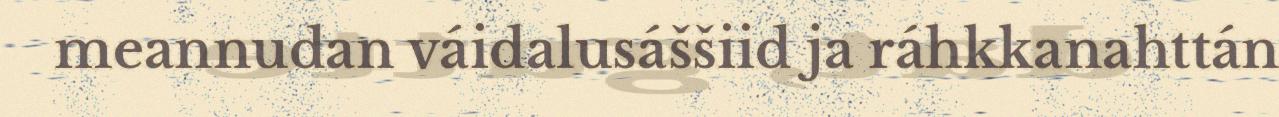
meannudan váidalusáššiid ja ráhkkanahttán